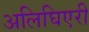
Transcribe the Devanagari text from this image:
अलिघिएरी